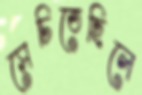
সেচিতেছিলে